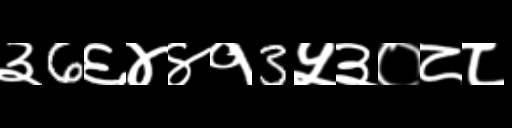
Text: ३6६४४१3५३०८८